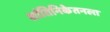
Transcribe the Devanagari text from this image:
शांतिनिकेतनला